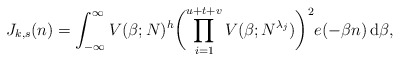
\begin{align*}J_{k,s}(n)=\int_{-\infty}^\infty V(\beta;N)^h\biggl( \prod_{i=1}^{u+t+v}V(\beta;N^{\lambda_j})\biggr)^2e(-\beta n)\, {\rm d}\beta ,\end{align*}